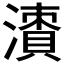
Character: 𣿙